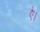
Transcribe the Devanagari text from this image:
ऐ।